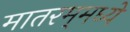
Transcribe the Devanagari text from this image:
मातरम्‌मध्ये